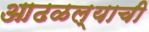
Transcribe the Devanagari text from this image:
आढळल्याची